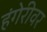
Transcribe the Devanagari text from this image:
हंगेरीवर